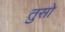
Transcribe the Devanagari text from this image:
तुसो